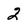
Character: 2